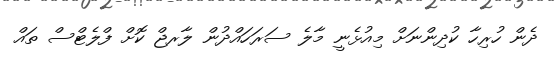
ދެން ހުރިހާ ކުދިންނަށް މިއުޅެނީ މާލެ ސަރަހައްދުން ލާރޖް ކޮށް ފްލެޓްސް ތައް